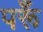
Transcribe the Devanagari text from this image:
परूँ